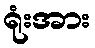
ရုံးအား